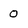
Character: O